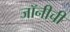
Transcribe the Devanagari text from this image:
जॉनीची